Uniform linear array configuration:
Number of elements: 48
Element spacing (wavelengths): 0.75
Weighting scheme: cosine
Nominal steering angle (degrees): -15
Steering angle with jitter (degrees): -13.636
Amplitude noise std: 0.05
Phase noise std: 0.05

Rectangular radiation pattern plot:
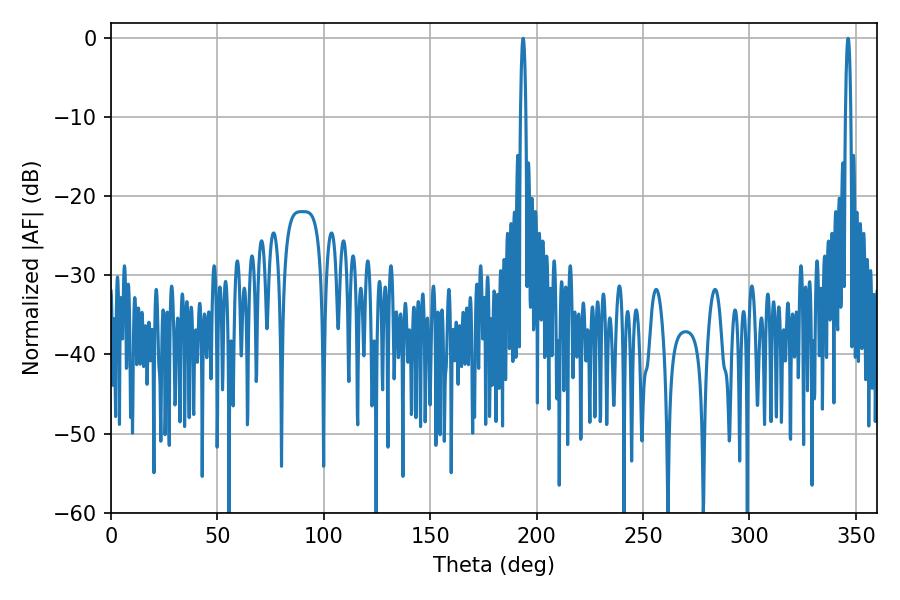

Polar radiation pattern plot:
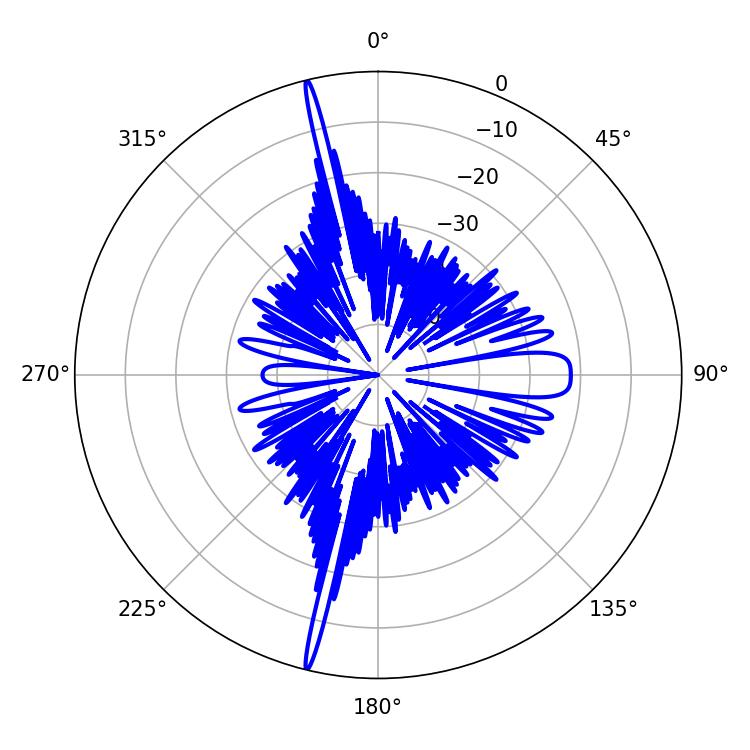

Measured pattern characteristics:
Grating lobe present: TRUE
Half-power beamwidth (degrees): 1.44
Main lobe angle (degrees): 346.32